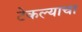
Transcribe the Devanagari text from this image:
टेकल्याचा